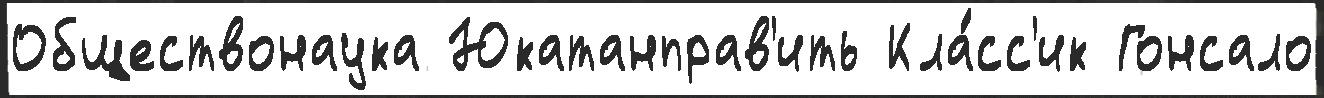
Обществонаука Юкатанправ'ить Кла́сс'ик Гонсало